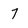
Character: 7